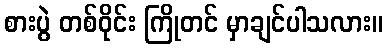
စားပွဲ တစ်ဝိုင်း ကြိုတင် မှာချင်ပါသလား။